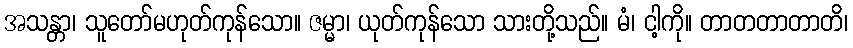
အသန္တာ၊ သူတော်မဟုတ်ကုန်သော။ ဇမ္မာ၊ ယုတ်ကုန်သော သားတို့သည်။ မံ၊ ငါ့ကို။ တာတတာတာတိ၊